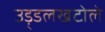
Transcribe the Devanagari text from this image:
उड़्डलखटोले